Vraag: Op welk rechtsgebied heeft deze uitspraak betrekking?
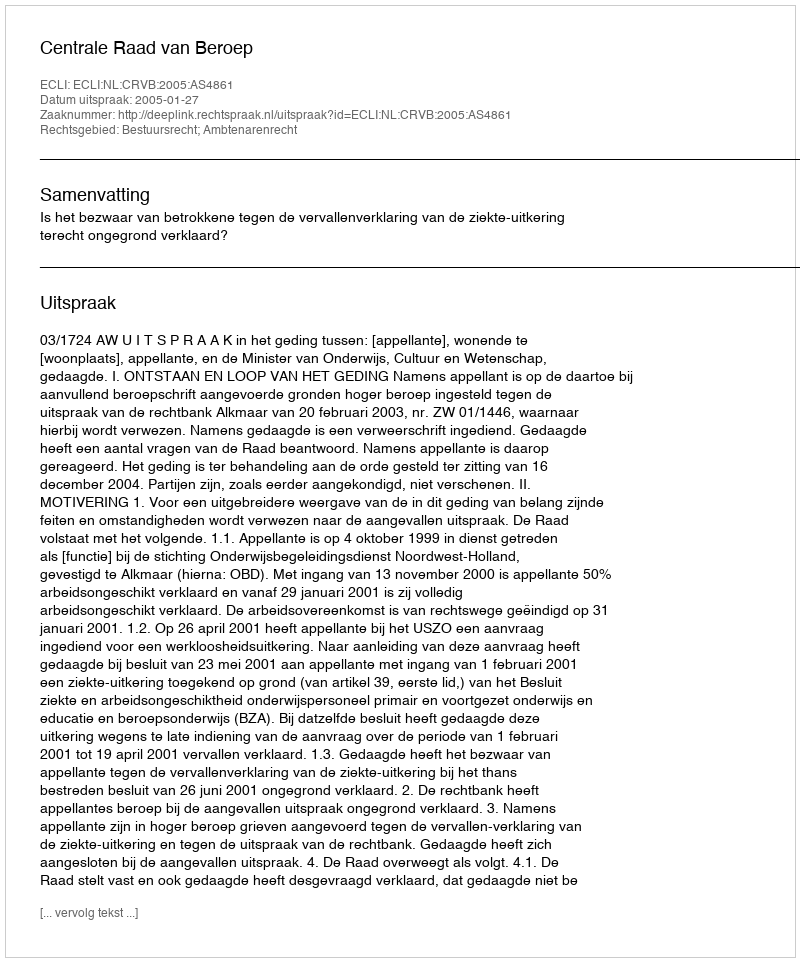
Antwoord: Bestuursrecht; Ambtenarenrecht